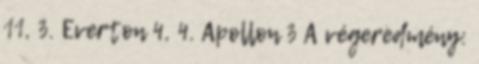
11, 3. Everton 4, 4. Apollon 3 A végeredmény: